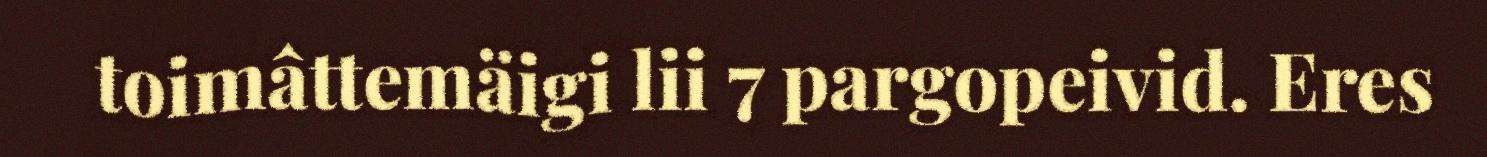
toimâttemäigi lii 7 pargopeivid. Eres